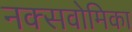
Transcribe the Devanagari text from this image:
नक्सवोमिका